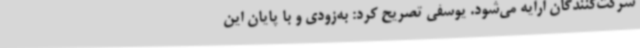
شرکت‌کنندگان ارایه می‌شود. یوسفی تصریح کرد: به‌زودی و با پایان این